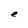
Character: e